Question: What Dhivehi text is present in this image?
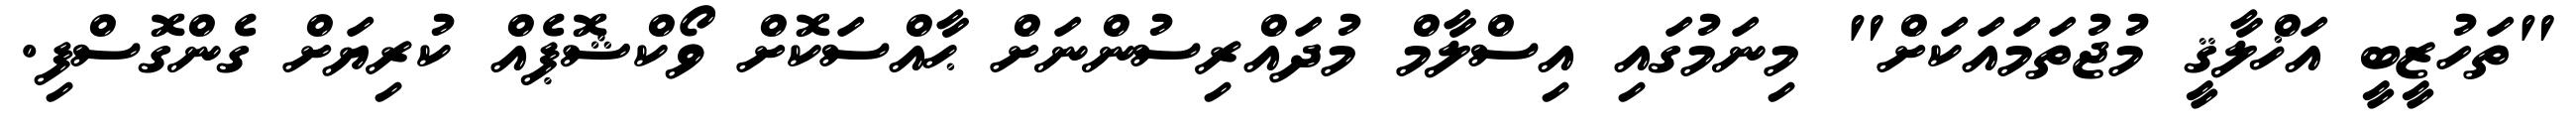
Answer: "ތަހުޒީބީ އަޚްލާޤީ މުޖުތަމައަކަށް" މިނަމުގައި އިސްލާމް މުދައްރިސުންނަށް ޙާއްސަކޮށް ވޯކްޝޮޕެއް ކުރިޔަށް ގެންގޮސްފި.